Lock hospitals Punjab
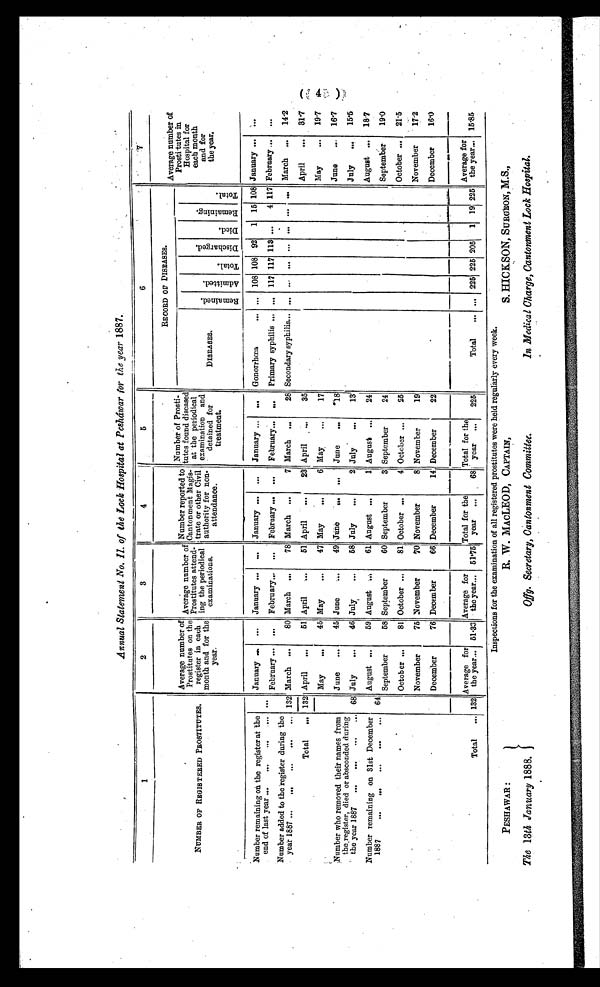
Annual Statement No. ll. of the Lock Hospital at Pesháwar for the year 1887 .
1
2
3
4
5
6
7
NUMBER OF REGISTERED PROSTITUTES.
Average number of
Prostitutes on the
register in each
month and for the
year.
Average number of
Prostitutes attend-
ing the periodical
examinations.
Number reported to
Cantonment Magis-
trate or other Civil
authority for non-
attendance.
Number of Prosti-
tutes found diseased
at the periodical
examination and
detained for
treatment.
RECORD OF DISEASES.
Average number of
Prostitutes in
Hospital for
each month
and for
the year.
DISEASES.
R e m a i n e d .
A d m i t t e d .
Tot al .
Di s c h a r g e d .
D i e d .
R e m a i n i n g .
Tot al .
Number remaining on the register at the
end of last year ...
...
...
...
January
... January
... January
... January
... Gonorrhœa
... ... 108 108 92 1 15 108 January
...
February
... February
... February
...
February
... Primary syphilis ... ... 117 117 113 ...
4 117 February
...
Number added to the register during the
year 1887 ...
...
...
...
... 132 March
80 March
78 March
7 March
28 Secondary syphilis... ... ... ... ... ... ... ... March
14.2
Total
... 132 April
51 April
51 April
23 April
35
April
31.7
May
45 May
47 May
6 May
17
May
19.7
Number who removed their names from
the register, died or absconded during
the year 1887 ...
...
...
,.. 68
June
45 June
49 June
... June
18
June
16.7
July
46 July
58 July
2 July
13
July
15.5
Number remaining on 31st December
1887
64
August
59 August
61 August
1 August
24
August
18.7
September
58 September
60 September
3 September
24
September
19.0
October
81 October
81 October
4 October
25
October
21.5
November
75 November
70 November
8 November
19
November
17.2
December
76 December
—
66 December
14 December
22
December
16.0
Total
... 132
Average for
the year... 51.33
Average for
the year... 51.75
Total for the
year ...
68
Total for the
year ...
225
Total
... ... 225 225 205 1 19 22.5
Average for
the year... 15.85
Inspections for the examination of all registered prostitutes were held regularly every week.
4
PESHAWAR :
The 13th January 1888.
R. W. MACLEOD, CAPTAIN,
Offg. Secretary, Cantonment committee .
S. HICKSON, SURGtON, M.S.,
In Medical Charge, Cantonment Lock Hospital.